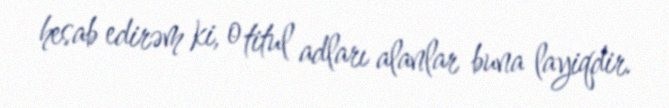
hesab edirəm ki, o titul adları alanlar buna layiqdir.